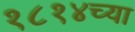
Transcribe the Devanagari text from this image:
१८१४च्या